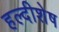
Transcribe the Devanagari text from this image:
हल्दीशेष